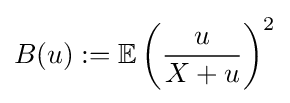
B(u):=\mathbb {E} \left({\frac {u}{X+u}}\right)^{2}